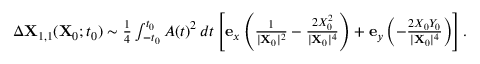
\begin{array} { r } { \Delta \mathbf { X } _ { 1 , 1 } ( \mathbf { X } _ { 0 } ; t _ { 0 } ) \sim \frac { 1 } { 4 } \int _ { - t _ { 0 } } ^ { t _ { 0 } } A ( t ) ^ { 2 } \, d t \left[ \mathbf { e } _ { x } \left( \frac { 1 } { \vert \mathbf { X } _ { 0 } \vert ^ { 2 } } - \frac { 2 X _ { 0 } ^ { 2 } } { \vert \mathbf { X } _ { 0 } \vert ^ { 4 } } \right) + \mathbf { e } _ { y } \left( - \frac { 2 X _ { 0 } Y _ { 0 } } { \vert \mathbf { X } _ { 0 } \vert ^ { 4 } } \right) \right] . } \end{array}